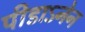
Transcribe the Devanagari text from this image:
पीडाऽनेन